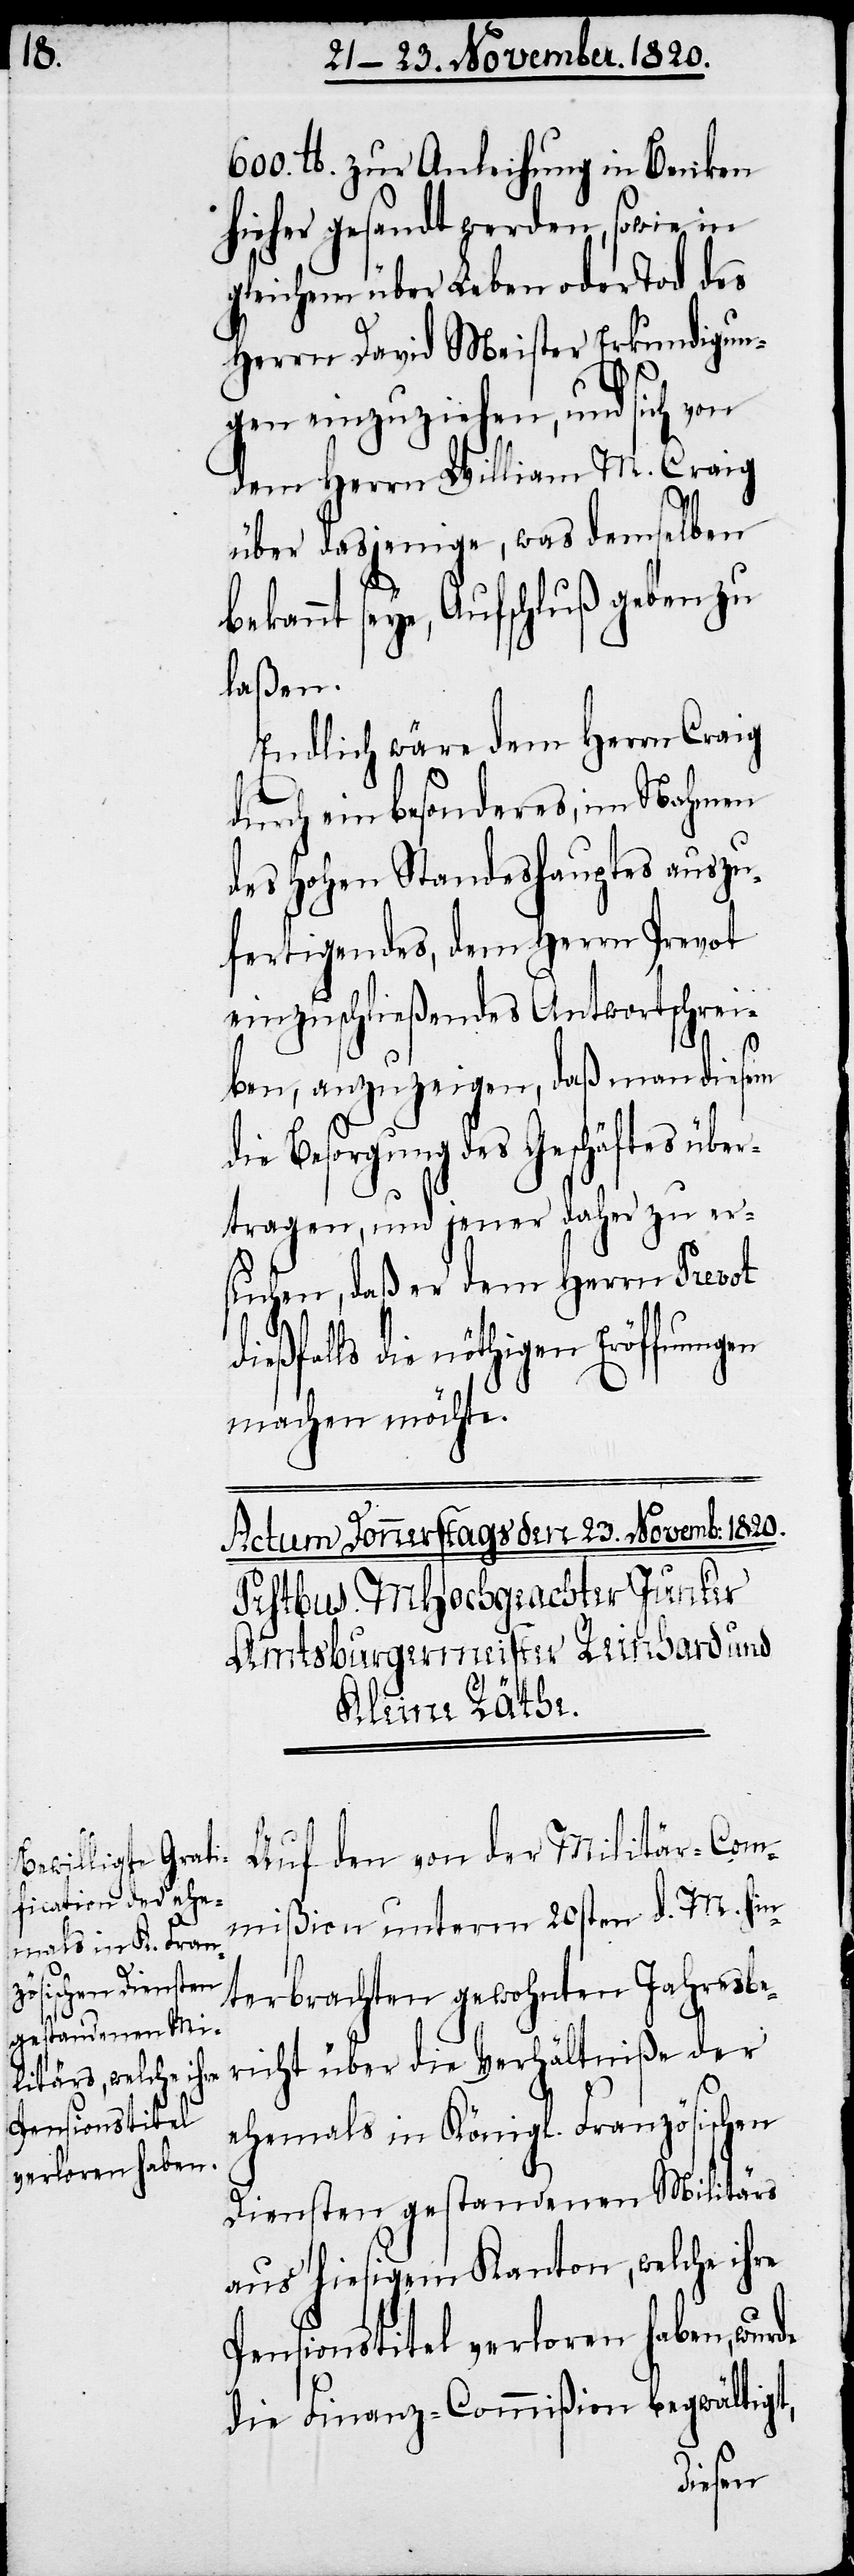
600. lb zur Anleihung in Benken
hieher gesandt werden, sowie in
gleichem über Leben oder Tod des
Herrn David Meister Erkundigun¬
gen einzuziehen, und sich von
dem Herrn William M. Craig
über dasjenige, was demselben
bekannt seye, Aufschluß geben zu
laßen.
Endlich wäre dem Herrn Craig
durch ein besonderes, im Nahmen
des hohen Standeshauptes auszu¬
fertigendes, dem Herrn Prevot
einzuschließendes Antwortschrei¬
icht
ben, anzuzeigen, daß man diesem
die Besorgung des Geschäftes über¬
tragen, und jener daher zu er¬
suchen, daß er dem Herrn Prevot
dießfalls die nöthigen
machen möchte.
Auf den von der Militär-Com¬
mißion unterm 20sten d. M. hin¬
terbrachten gewohnten Jahresber¬
ehemals in Königl. Französischen
Diensten gestandenen Militärs
aus hiesigem Kanton, welche ihre
Pensionstitel verloren haben, wurde
die Finanz-Commißion begwältigt,